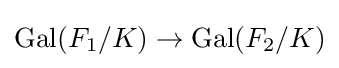
\operatorname {Gal} (F_{1}/K)\to \operatorname {Gal} (F_{2}/K)